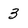
Character: 3